Calcutta medical institutions reports 1871-78
Year: 1871
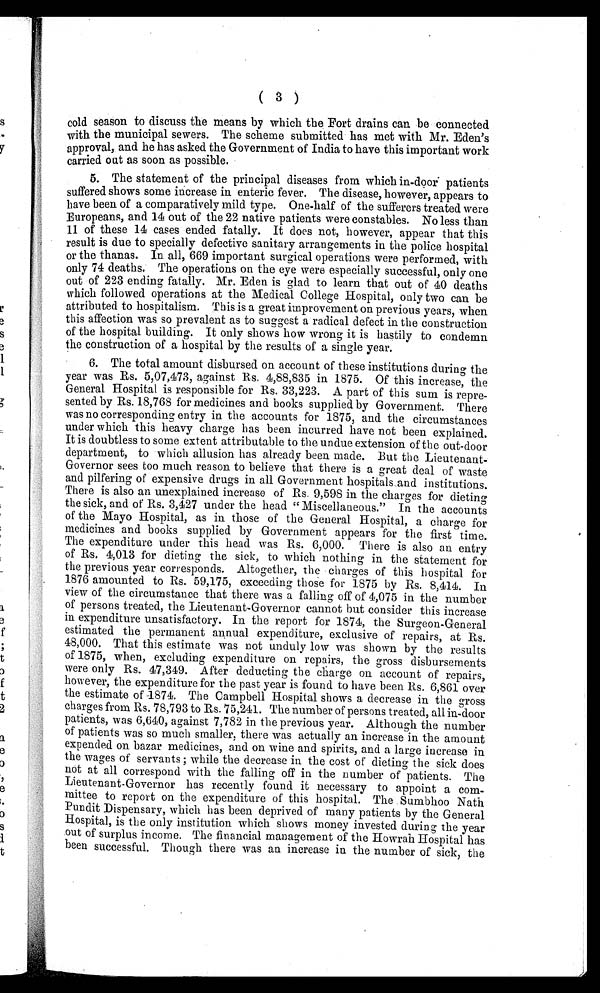
( 3 )
cold season to discuss the means by which the , Fort drains can be connected
with the municipal sewers. The scheme submitted has met with Mr. Eden's
approval, and he has asked the Government of India to have this important work
carried out as soon as possible.
5. The statement of the principal diseases from which in-door patients
suffered shows some increase in enteric fever. The disease, however, appears to
have been of a comparatively mild type. One-half of the sufferers treated were
Europeans, and 14 out of the 22 native patients were constables. No less than
11 of these 14 cases ended fatally. It does not, however, appear that this
result is due to specially defective sanitary arrangements in the police hospital
or the thanas. In all, 669 important surgical operations were performed, with
only 74 deaths. The operations on the eye were especially successful, only one
out of 223 ending fatally. Mr. Eden is glad to learn that out of 40 deaths
which followed operations at the Medical College Hospital, only two can be
attributed to hospitalism. This is a great improvement on previous years, when
this affection was so prevalent as to suggest a radical defect in the construction
of the hospital building. It only shows how wrong it is hastily to condemn
the construction of a hospital by the results of a single year.
6. The total amount disbursed on account of these institutions during the
year was Rs. 5, 07, 473, agai nst Rs. 4, 88, 835 i n 1875. Of t hi s i ncrease, t he
General Hospital is responsible for Rs. 33,223. A part of this sum is repre-
sented by Rs. 18,768 for medicines and books supplied by Government. There
was no corresponding entry in the accounts for 1875, and the circumstances
under which this heavy charge has been incurred have not been explained.
It is doubtless to some extent attributable to the undue extension of the out-door
department, to which allusion has already been made. But the Lieutenant-
Governor sees too much reason to believe that there is a great deal of waste
and pilfering of expensive drugs in all Government hospitals and institutions.
There is also an unexplained increase of Rs. 9,598 in the charges for dieting
the sick, and of Rs. 3,427 under the head "Miscellaneous." In the accounts
of the Mayo Hospital, as in those of the General Hospital, a charge for
medicines and books supplied by Government appears for the first time.
The expenditure under this head was Rs. 6,000. There is also an entry
of Rs. 4,013 for dieting the sick, to which nothing in the statement for
the previous year corresponds. Altogether, the charges of this hospital for
1876 amounted to Rs. 59,175, exceeding those for 1875 by Rs. 8,414. In
view of the circumstance that there was a falling off of 4,075 in the number
of persons treated, the Lieutenant-Governor cannot but consider this increase
in expenditure unsatisfactory. In the report for 1874, the Surgeon-General
estimated the permanent annual expenditure, exclusive of repairs, at Rs.
48,000. That this estimate was not unduly low was shown by the results
of 1875, when, excluding expenditure on repairs, the gross disbursements
were only Rs. 47,349. After deducting the charge on account of repairs,
however, the expenditure for the past year is found to have been Rs. 6,861 over
the estimate of 1874. The Campbell Hospital shows a decrease in the gross
charges from Rs. 78,793 to Rs. 75,241. The number of persons treated, all in-door
patients, was 6,640, against 7,782 in the previous year. Although the number
of patients was so much smaller, there was actually an increase in the amount
expended on bazar medicines, and on wine and spirits, and a large increase in
the wages of servants; while the decrease in the cost of dieting the sick does
not at all correspond with the falling off in the number of patients. The
Lieutenant-Governor has recently found it necessary to appoint a com-
mittee to report on the expenditure of this hospital. The Sumbhoo Nath
Pundit Dispensary, which has been deprived of many patients by the General
Hospital, is the only institution which shows money invested during the year
out of surplus income. The financial management of the Howrah Hospital has
been successful. Though there was an increase in the number of sick, the